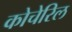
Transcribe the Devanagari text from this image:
कोचेरिल